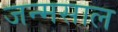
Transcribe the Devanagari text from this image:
जन्मसाल